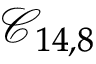
\mathcal { C } _ { 1 4 , 8 }